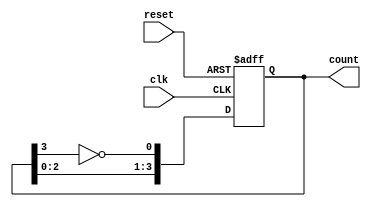
module johnson_counter #(
    parameter N = 4  // Number of flip-flops
)(
    input wire clk,           // Clock signal
    input wire reset,         // Asynchronous reset signal
    output reg [N-1:0] count  // Current state of the Johnson counter
);

    // Always block for the Johnson counter operation
    always @(posedge clk or posedge reset) begin
        if (reset) begin
            // Reset all flip-flops to 0
            count <= {N{1'b0}};
        end else begin
            // Johnson counter logic
            count <= {count[N-2:0], ~count[N-1]};
        end
    end

endmodule